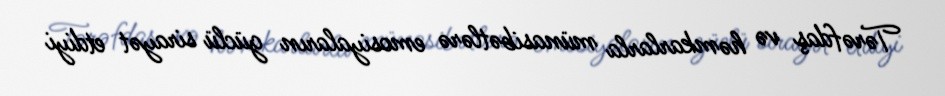
Tərəfdaş və həmkarlarla münasibətlərə emosiyaların güclü sirayət etdiyi